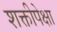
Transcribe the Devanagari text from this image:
शक्तीपेक्षा